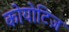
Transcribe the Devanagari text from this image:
कोयोटिज़